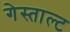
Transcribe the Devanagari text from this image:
गेस्ताल्ट